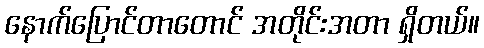
နောက်ပြောင်တာတောင် အတိုင်းအတာ ရှိတယ်။